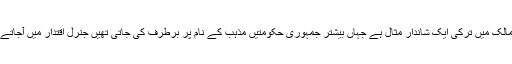
مسلم ممالک میں ترکی ایک شاندار مثال ہے جہاں بیشتر جمہوری حکومتیں مذہب کے نام پر برطرف کی جاتی تھیں جنرل اقتدار میں آجاتے تھے ۔